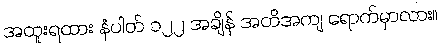
အထူးရထား နံပါတ် ၁၂၂ အချိန် အတိအကျ ရောက်မှာလား။